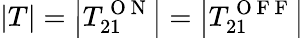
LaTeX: \left|T\right|=\left|T_{21}^{\mathrm{~O~N~}}\right|=\left|T_{21}^{\mathrm{~O~F~F~}}\right|